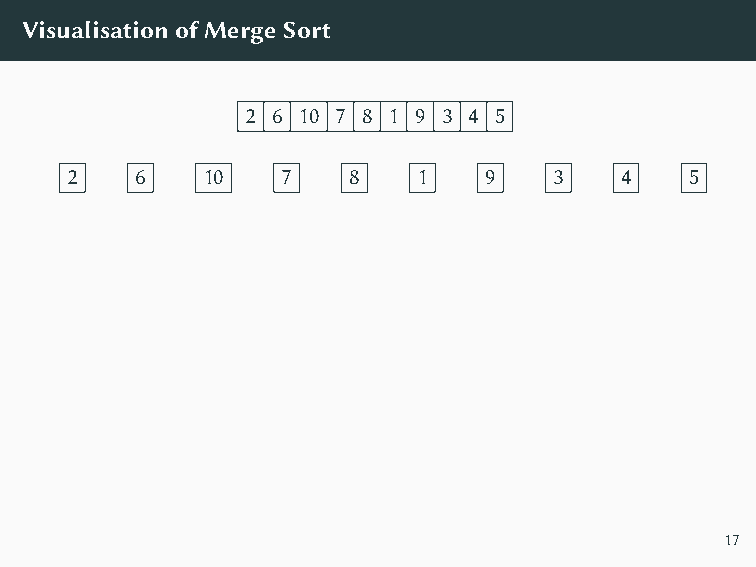
VisualisationofMergeSort
 2 6 10 7 8 1 9 3 4 5
 2    6   10    7   8    1   9    3   4    5
 17